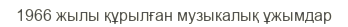
1966 жылы құрылған музыкалық ұжымдар